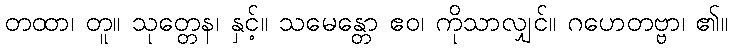
တထာ၊ တူ။ သုတ္တေန၊ နှင့်။ သမေန္တော ဧဝ၊ ကိုသာလျှင်။ ဂဟေတဗ္ဗာ၊ ၏။